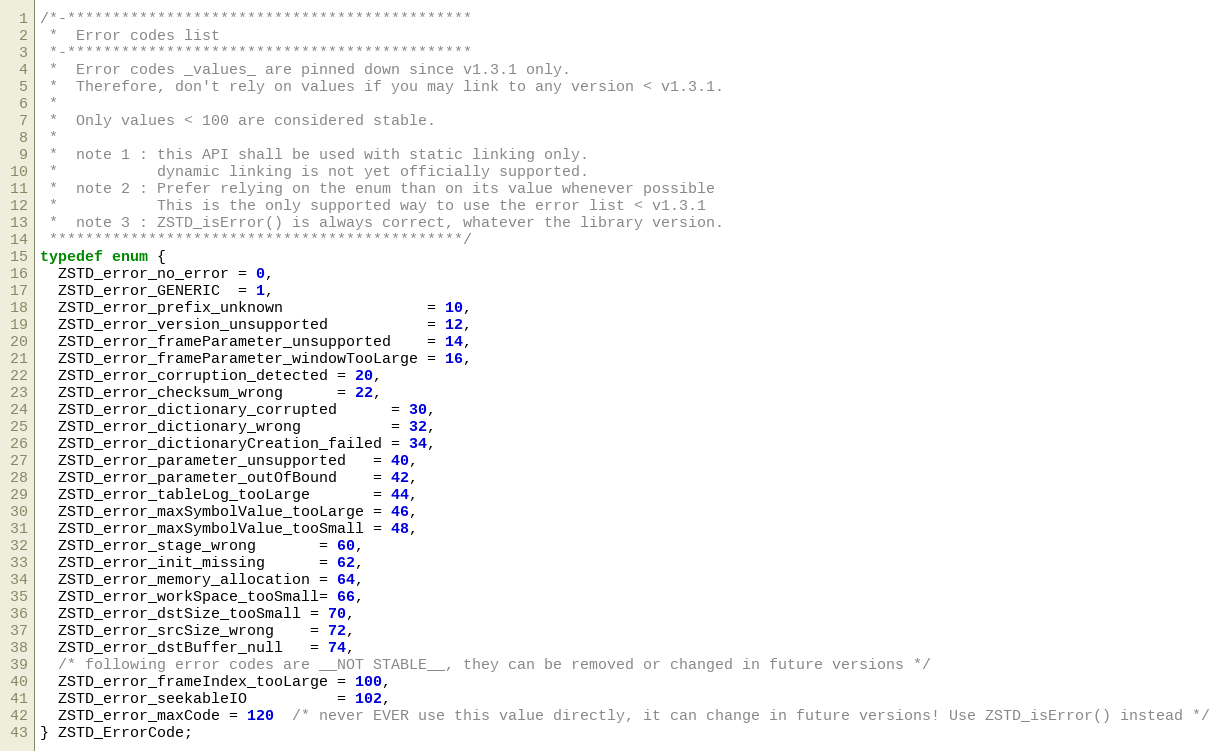
Language: C
/*-*********************************************
 *  Error codes list
 *-*********************************************
 *  Error codes _values_ are pinned down since v1.3.1 only.
 *  Therefore, don't rely on values if you may link to any version < v1.3.1.
 *
 *  Only values < 100 are considered stable.
 *
 *  note 1 : this API shall be used with static linking only.
 *           dynamic linking is not yet officially supported.
 *  note 2 : Prefer relying on the enum than on its value whenever possible
 *           This is the only supported way to use the error list < v1.3.1
 *  note 3 : ZSTD_isError() is always correct, whatever the library version.
 **********************************************/
typedef enum {
  ZSTD_error_no_error = 0,
  ZSTD_error_GENERIC  = 1,
  ZSTD_error_prefix_unknown                = 10,
  ZSTD_error_version_unsupported           = 12,
  ZSTD_error_frameParameter_unsupported    = 14,
  ZSTD_error_frameParameter_windowTooLarge = 16,
  ZSTD_error_corruption_detected = 20,
  ZSTD_error_checksum_wrong      = 22,
  ZSTD_error_dictionary_corrupted      = 30,
  ZSTD_error_dictionary_wrong          = 32,
  ZSTD_error_dictionaryCreation_failed = 34,
  ZSTD_error_parameter_unsupported   = 40,
  ZSTD_error_parameter_outOfBound    = 42,
  ZSTD_error_tableLog_tooLarge       = 44,
  ZSTD_error_maxSymbolValue_tooLarge = 46,
  ZSTD_error_maxSymbolValue_tooSmall = 48,
  ZSTD_error_stage_wrong       = 60,
  ZSTD_error_init_missing      = 62,
  ZSTD_error_memory_allocation = 64,
  ZSTD_error_workSpace_tooSmall= 66,
  ZSTD_error_dstSize_tooSmall = 70,
  ZSTD_error_srcSize_wrong    = 72,
  ZSTD_error_dstBuffer_null   = 74,
  /* following error codes are __NOT STABLE__, they can be removed or changed in future versions */
  ZSTD_error_frameIndex_tooLarge = 100,
  ZSTD_error_seekableIO          = 102,
  ZSTD_error_maxCode = 120  /* never EVER use this value directly, it can change in future versions! Use ZSTD_isError() instead */
} ZSTD_ErrorCode;